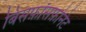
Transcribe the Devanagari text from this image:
बिसफ़ॉसफ़ोनेट